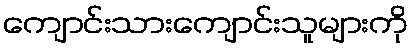
ကျောင်းသားကျောင်းသူများကို